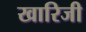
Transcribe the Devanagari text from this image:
खारिजी